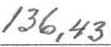
136,43